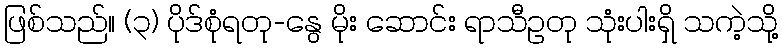
ဖြစ်သည်။ (၃) ပိုဒ်စုံရတု-နွေ မိုး ဆောင်း ရာသီဥတု သုံးပါးရှိ သကဲ့သို့